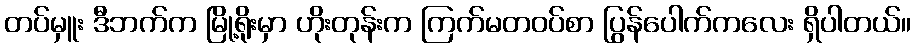
တပ်မှူး ဒီဘက်က မြို့ရိုးမှာ ဟိုးတုန်းက ကြက်မတဝပ်စာ ပြွန်ပေါက်ကလေး ရှိပါတယ်။